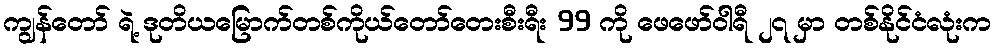
ကျွန်တော် ရဲ့ ဒုတိယမြောက်တစ်ကိုယ်တော်တေးစီးရီး 99 ကို ဖေဖော်ဝါရီ ၂၇ မှာ တစ်နိုင်ငံလုံးက